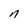
Character: n